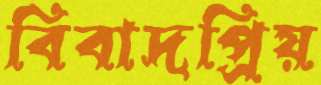
বিবাদপ্রিয়